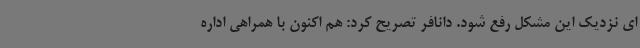
ای نزدیک این مشکل رفع شود. دانافر تصریح کرد: هم اکنون با همراهی اداره